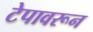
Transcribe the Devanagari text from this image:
टेपावरून